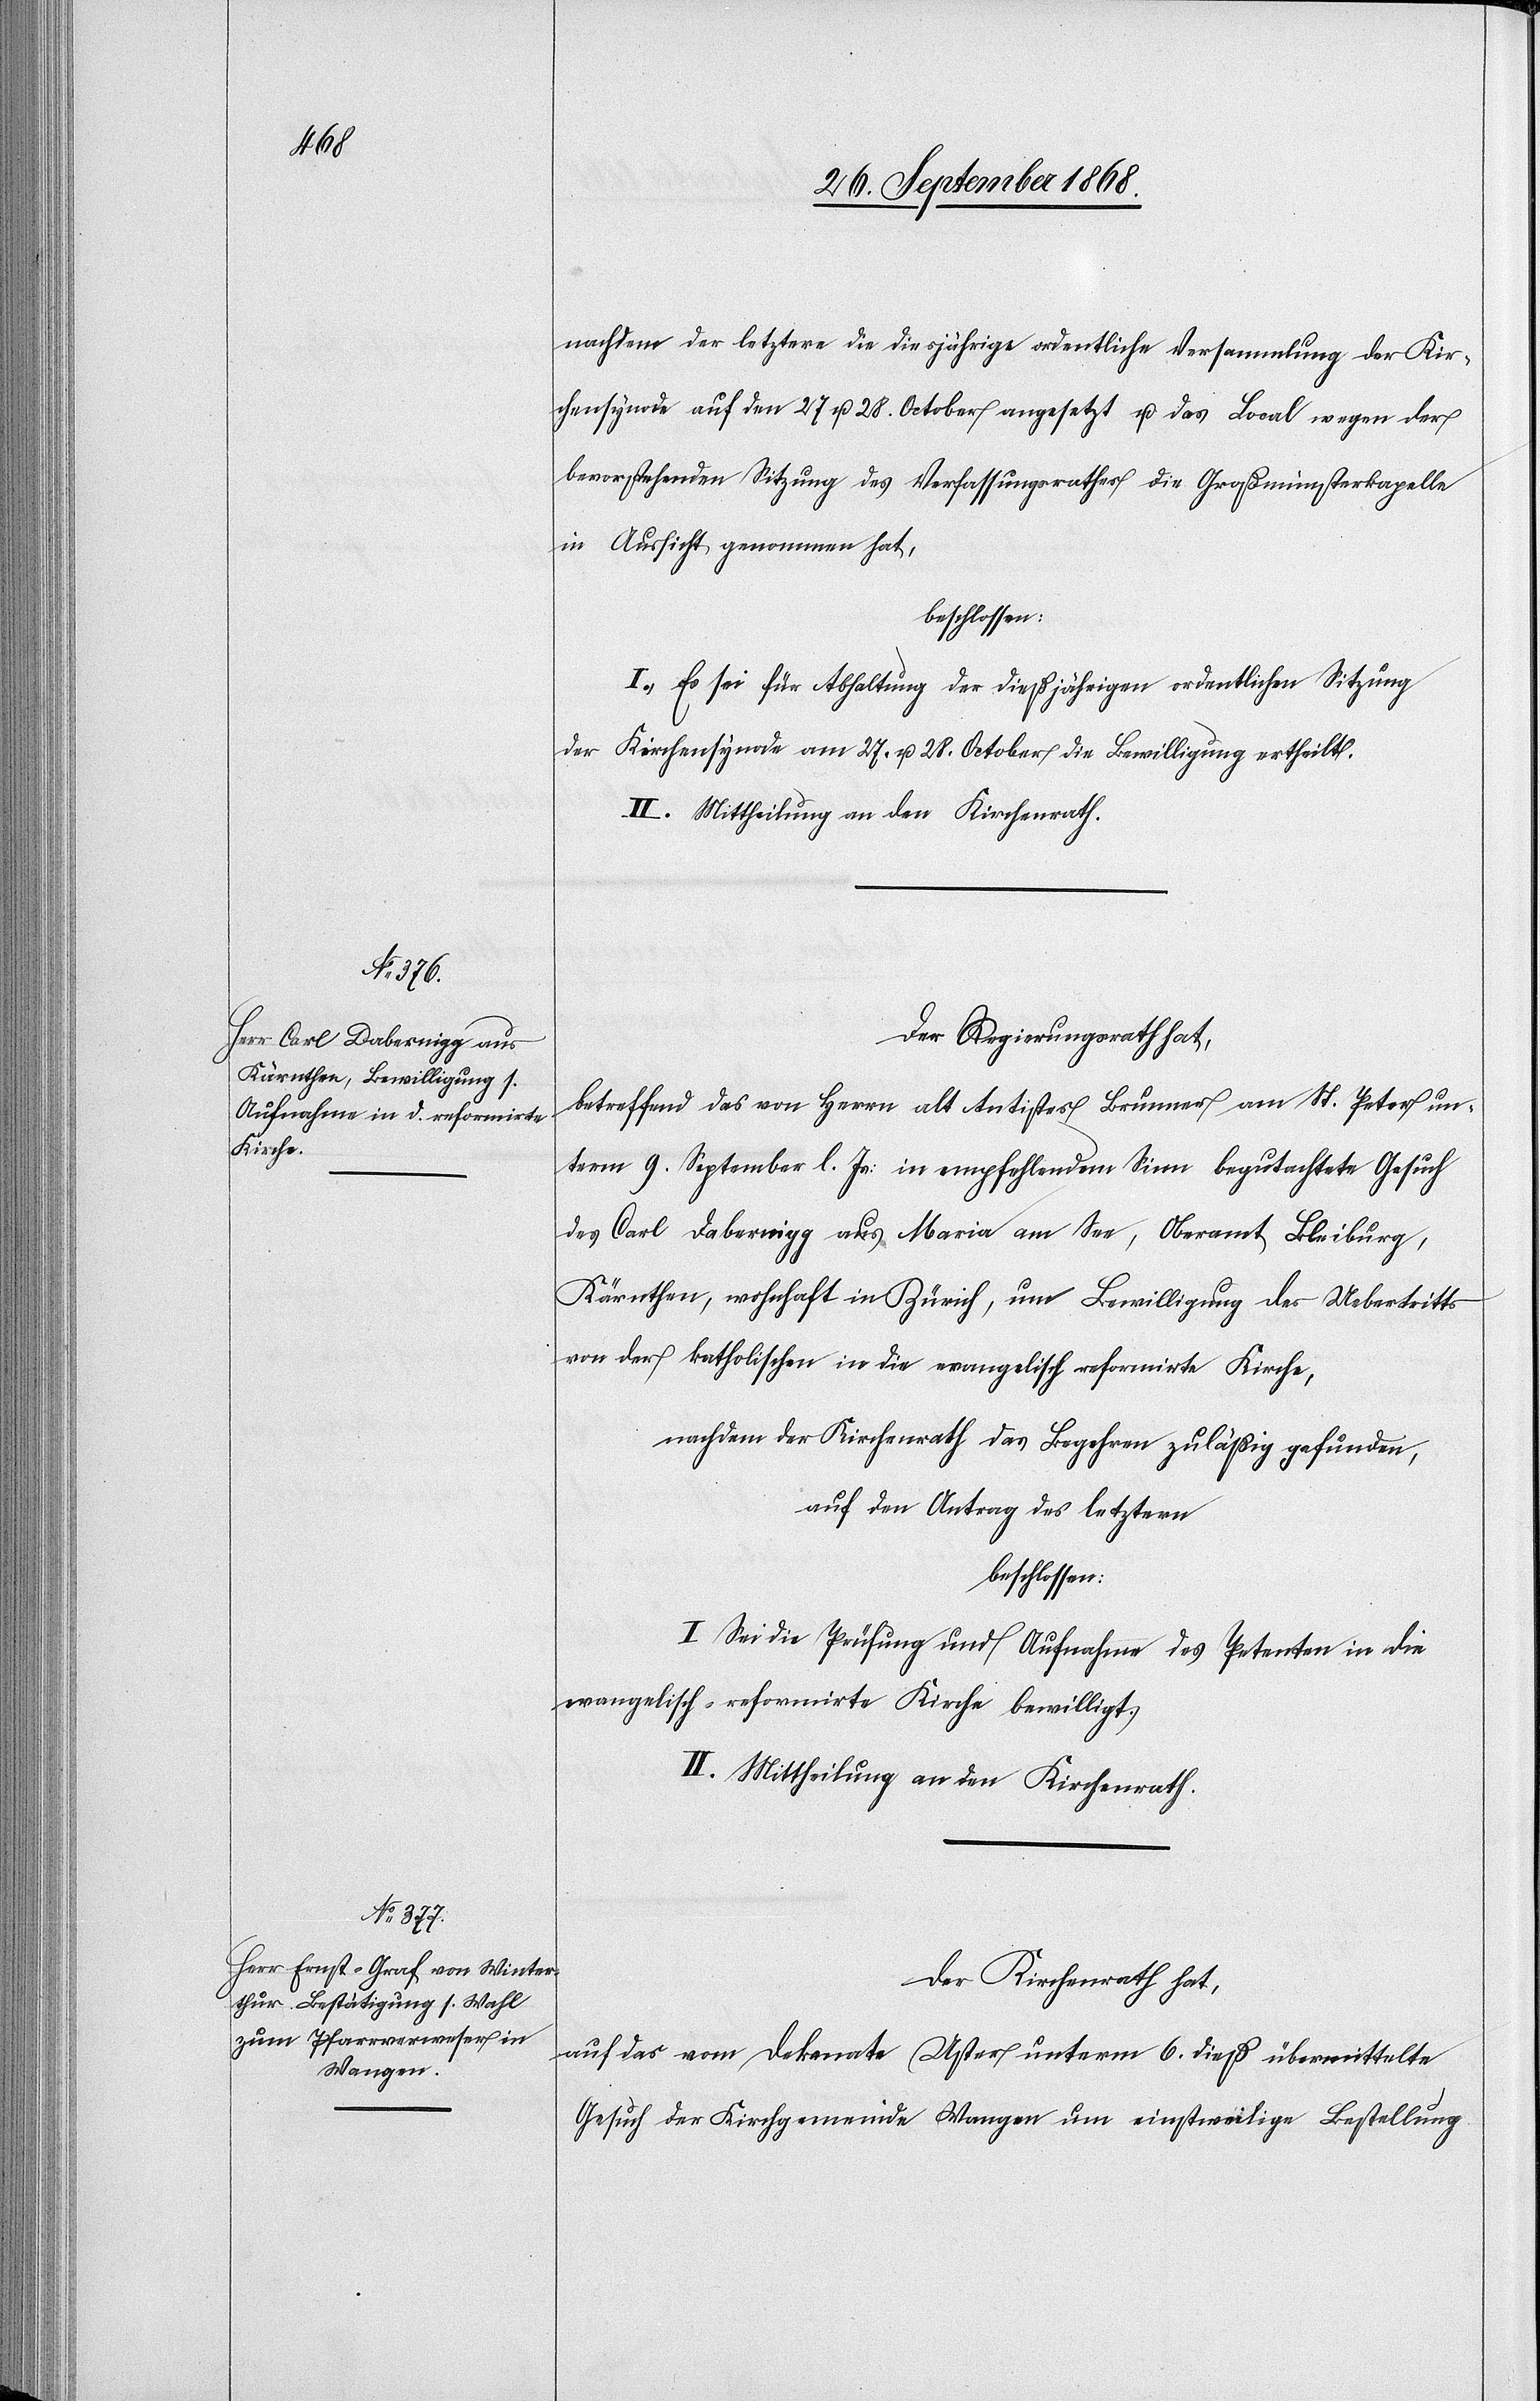
nachdem der letztere die diesjährige ordentliche Versammlung der Kir¬
chensynode auf den 27 u. 28. October angesetzt u. das [recte: als]
bevorstehenden Sitzung des Verfassungsrathes die Großmünsterkapelle
in Aussicht genommen hat,
beschlossen:
I. Es sei für Abhaltung der dießjährigen ordentlichen Sitzung
der Kirchensynode am 27. u. 28. October die Bewilligung ertheilt.
II. Mittheilung an den Kirchenrath.
Der Regierungsrath hat,
betreffend das von Herrn alt Antistes Brunner am St. Peter un¬
term 9. September l. Js: in empfehlendem Sinn begutachtete Gesuch
des Carl Dabernigg aus Maria am See, Oberamt Bleiburg,
Kärnthen, wohnhaft in Zürich, um Bewilligung des Uebertritts
von der katholischen in die evangelisch reformirte Kirche,
nachdem der Kirchenrath das Begehren zuläßig gefunden,
auf den Antrag des letztern
beschlossen:
I. Sei die Prüfung und Aufnahme des Petenten in die
evangelisch-reformirte Kirche bewilligt.
Der Kirchenrath hat,
auf das vom Dekanate Uster unterm 6. dieß übermittelte
Gesuch der Kirchgemeinde Wangen um einstweilige Bestellung